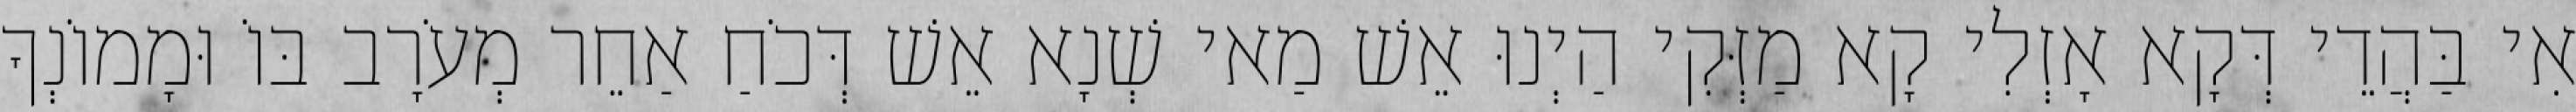
אִי בַּהֲדֵי דְּקָא אָזְלִי קָא מַזְּקִי הַיְנוּ אֵשׁ מַאי שְׁנָא אֵשׁ דְּכֹחַ אַחֵר מְעֹרָב בּוֹ וּמָמוֹנְךָ